Punjab Mental Hospital Lahore 1932-46 - 1932-1946
Year: 1932
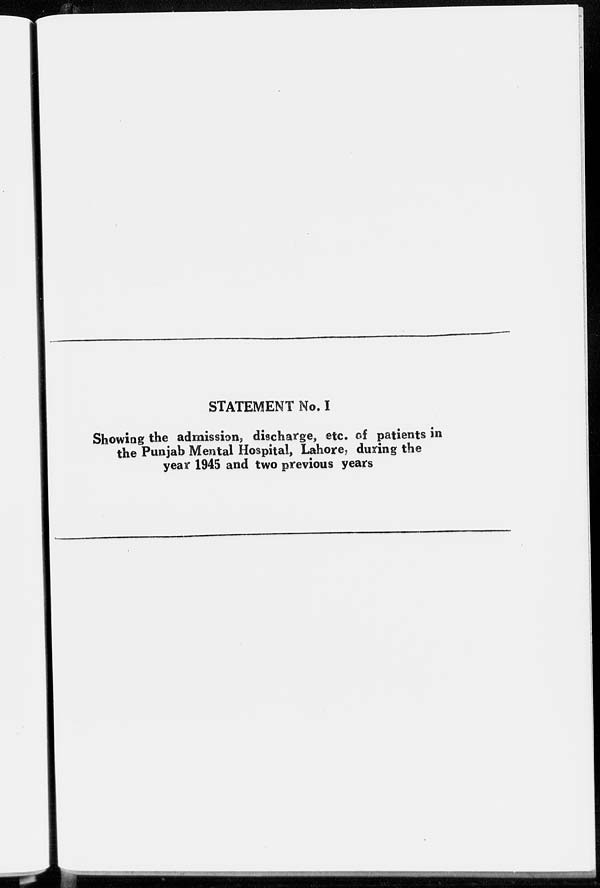
STATEMENT No. I
Showing the admission, discharge, etc. of patients in
the Punjab Mental Hospital, Lahore, during the
year 1945 and two previous years